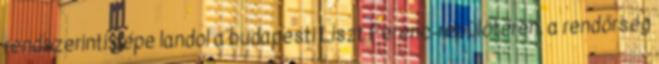
rendszerinti gépe landol a budapesti Liszt Ferenc-repülőtéren, a rendőrség